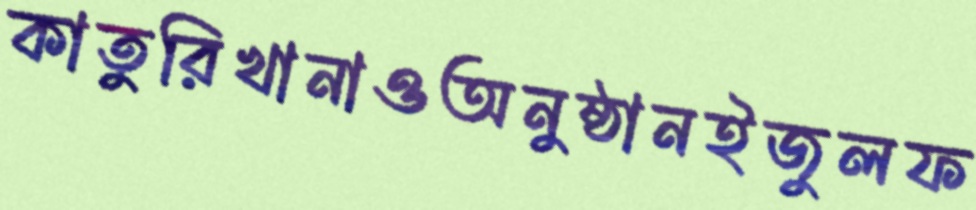
কাতুরিখানাওঅনুষ্ঠানইজুলফ